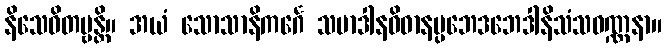
နိသေဝိတဗ္ဗန္တိ။ အယံ သောသာနိကင်္ဂေ သမာဒါနဝိဓာနပ္ပဘေဒဘေဒါနိသံသဝဏ္ဏနာ။